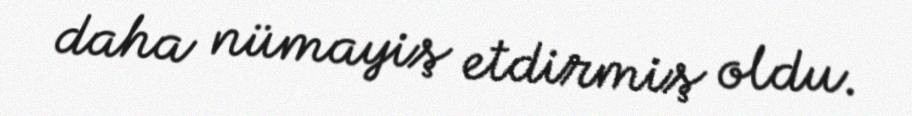
daha nümayiş etdirmiş oldu.